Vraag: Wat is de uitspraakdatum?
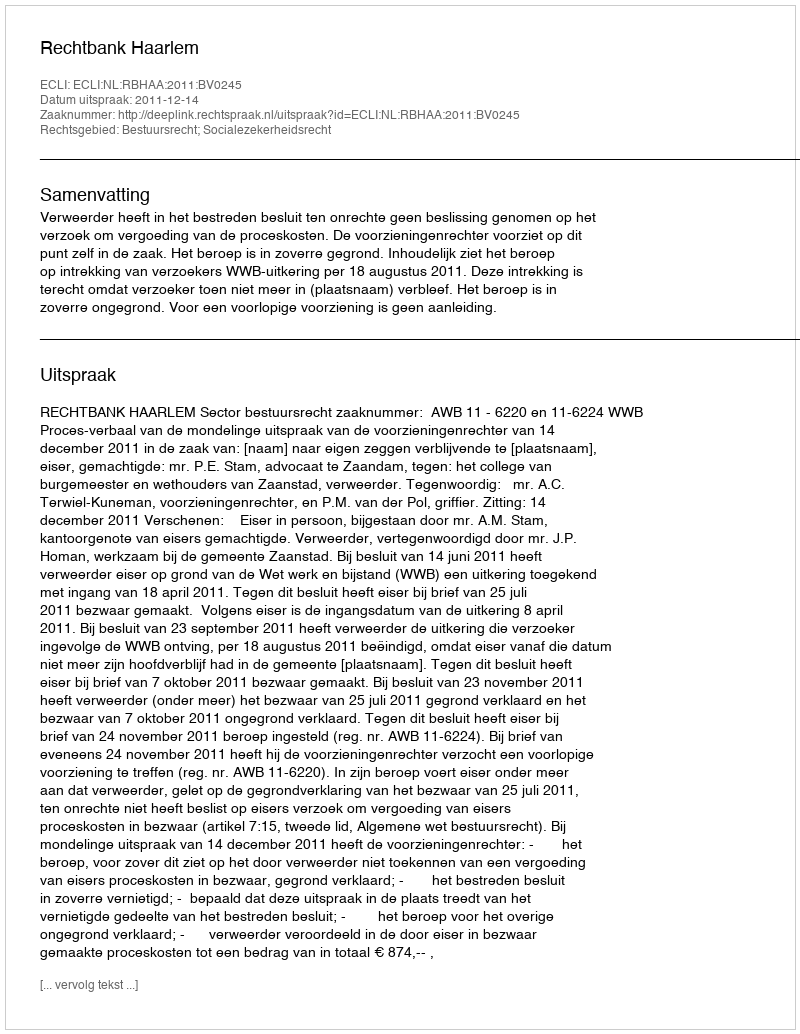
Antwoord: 2011-12-14